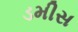
ડમીસ